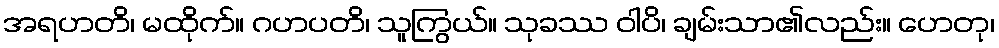
အရဟတိ၊ မထိုက်။ ဂဟပတိ၊ သူကြွယ်။ သုခဿ ဝါပိ၊ ချမ်းသာ၏လည်း။ ဟေတု၊